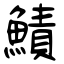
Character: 鰿